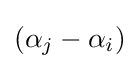
(\alpha _{j}-\alpha _{i})